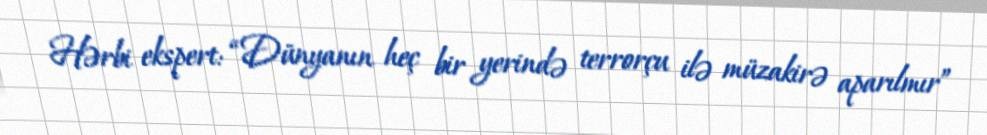
Hərbi ekspert: “Dünyanın heç bir yerində terrorçu ilə müzakirə aparılmır”